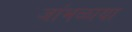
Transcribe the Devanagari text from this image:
जांभळाया